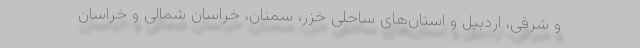
و شرقی، اردبیل و استان‌های ساحلی خزر، سمنان، خراسان شمالی و خراسان